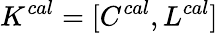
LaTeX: K^{cal}=[C^{cal},L^{cal}]